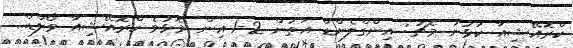
ކްރޮއޭޝިއާ ކުޅުނު މެޗު: އިންގްލެންޑް އަތުން 2-1 އިން މޮޅުވެ ކްރޮއޭޝިއާ ވޯލްޑް...